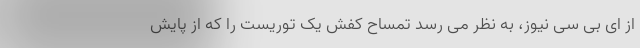
از ای بی سی نیوز،‌ به نظر می رسد تمساح کفش یک توریست را که از پایش